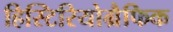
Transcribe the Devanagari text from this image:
हिस्टिरियोग्रैफिक